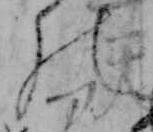
の